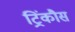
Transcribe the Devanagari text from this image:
ट्रिंकौस